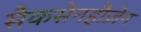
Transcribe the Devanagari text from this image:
सैकसेनहौज़ेन